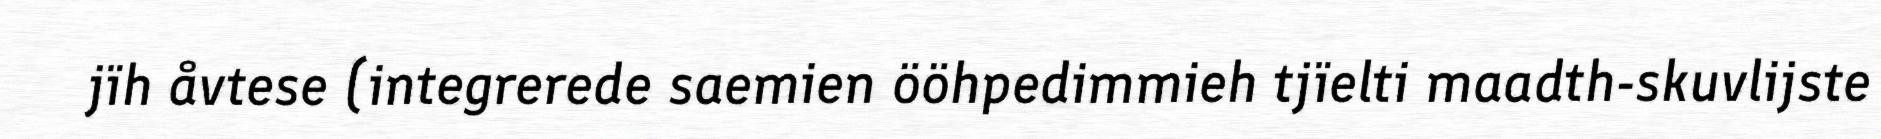
jïh åvtese (integrerede saemien ööhpedimmieh tjïelti maadth-skuvlijste